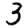
Digit: 3